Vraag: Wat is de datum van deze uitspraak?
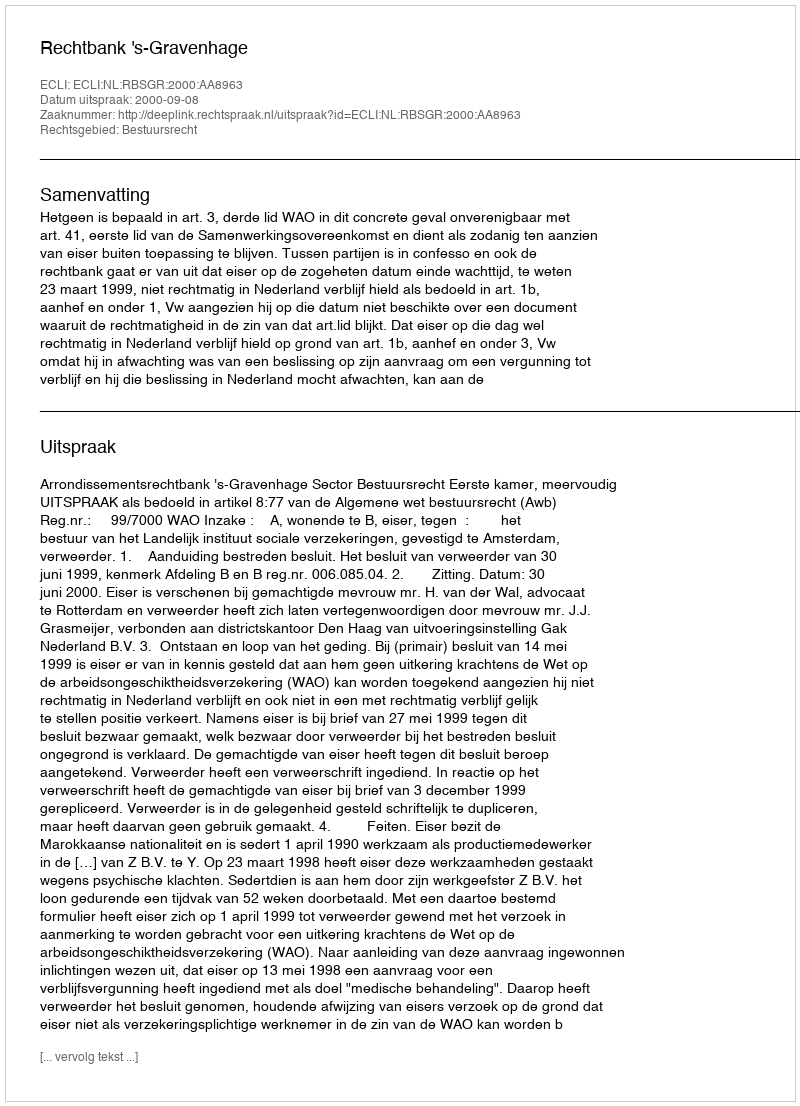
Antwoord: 2000-09-08